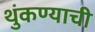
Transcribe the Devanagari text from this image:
थुंकण्याची